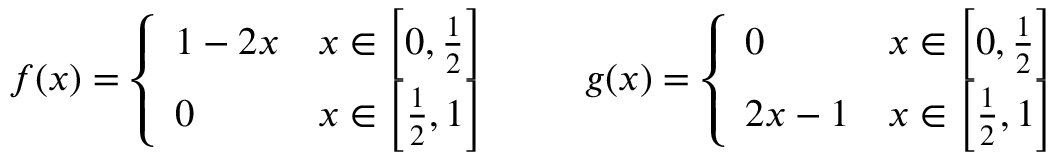
f ( x ) = { \left\{ \begin{array} { l l } { 1 - 2 x } & { x \in \left[ 0 , { \frac { 1 } { 2 } } \right] } \\ { 0 } & { x \in \left[ { \frac { 1 } { 2 } } , 1 \right] } \end{array} \right. } \qquad g ( x ) = { \left\{ \begin{array} { l l } { 0 } & { x \in \left[ 0 , { \frac { 1 } { 2 } } \right] } \\ { 2 x - 1 } & { x \in \left[ { \frac { 1 } { 2 } } , 1 \right] } \end{array} \right. }